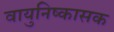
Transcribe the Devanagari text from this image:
वायुनिष्कासक